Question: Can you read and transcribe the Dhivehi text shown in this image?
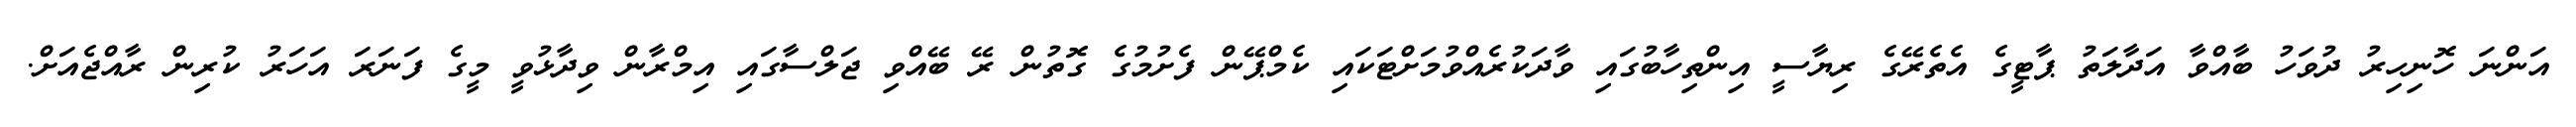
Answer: އަންނަ ހޮނިހިރު ދުވަހު ބާއްވާ އަދާލަތު ޕާޓީގެ އެތެރޭގެ ރިޔާސީ އިންތިހާބުގައި ވާދަކުރެއްވުމަށްޓަކައި ކެމްޕޭން ފެށުމުގެ ގޮތުން ރޭ ބޭއްވި ޖަލްސާގައި އިމްރާން ވިދާޅުވީ މީގެ ފަނަރަ އަހަރު ކުރިން ރާއްޖެއަށް.